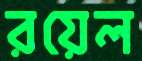
রয়েল